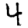
Digit: 4